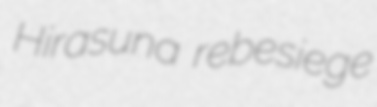
Hirasuna rebesiege